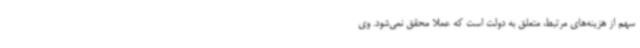
سهم از هزینه‌های مرتبط، متعلق به دولت است که عملا محقق نمی‌شود. وی